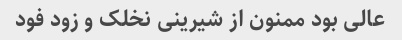
عالی بود ممنون از شیرینی نخلک و زود فود